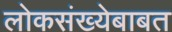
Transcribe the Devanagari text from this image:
लोकसंख्येबाबत